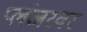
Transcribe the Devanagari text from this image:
प्लंजरवर